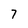
Character: 7